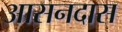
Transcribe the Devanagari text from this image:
आसनदास